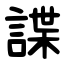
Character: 諜